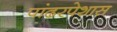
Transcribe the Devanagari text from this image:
पांढरपेशास